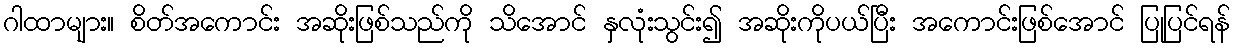
ဂါထာများ။ စိတ်အကောင်း အဆိုးဖြစ်သည်ကို သိအောင် နှလုံးသွင်း၍ အဆိုးကိုပယ်ပြီး အကောင်းဖြစ်အောင် ပြုပြင်ရန်